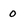
Character: 0